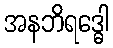
အနဘိရဒ္ဓေါ